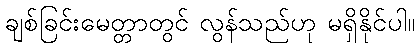
ချစ်ခြင်းမေတ္တာတွင် လွန်သည်ဟု မရှိနိုင်ပါ။